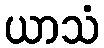
ယာသံ